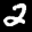
Label: 2